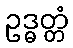
ဥဒ္ဓတ္တံ